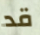
قد